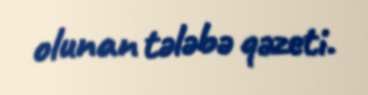
olunan tələbə qəzeti.